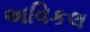
અવિકલ